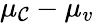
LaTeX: \mu_{\mathcal{C}}-\mu_{v}